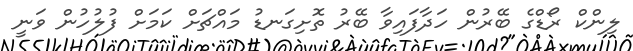
ލިންކް ރޯޑްގެ ބޭރުން ހަދާފައިވާ ބޭރު ތޮށިގަނޑު މައްޗަށް ކަމަށް ފުލުހުން ވަނީ